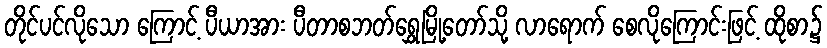
တိုင်ပင်လိုသော ကြောင့် ပီယာအား ပီတာစဘတ်ရွှေမြို့တော်သို့ လာရောက် စေလိုကြောင်းဖြင့် ထိုစာ၌